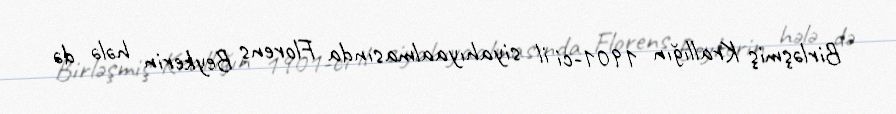
Birləşmiş Krallığın 1901-ci il siyahıyaalmasında Florens Beykerin hələ də